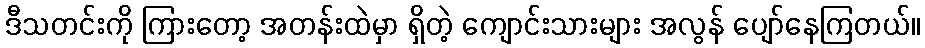
ဒီသတင်းကို ကြားတော့ အတန်းထဲမှာ ရှိတဲ့ ကျောင်းသားများ အလွန် ပျော်နေကြတယ်။